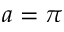
a = \pi